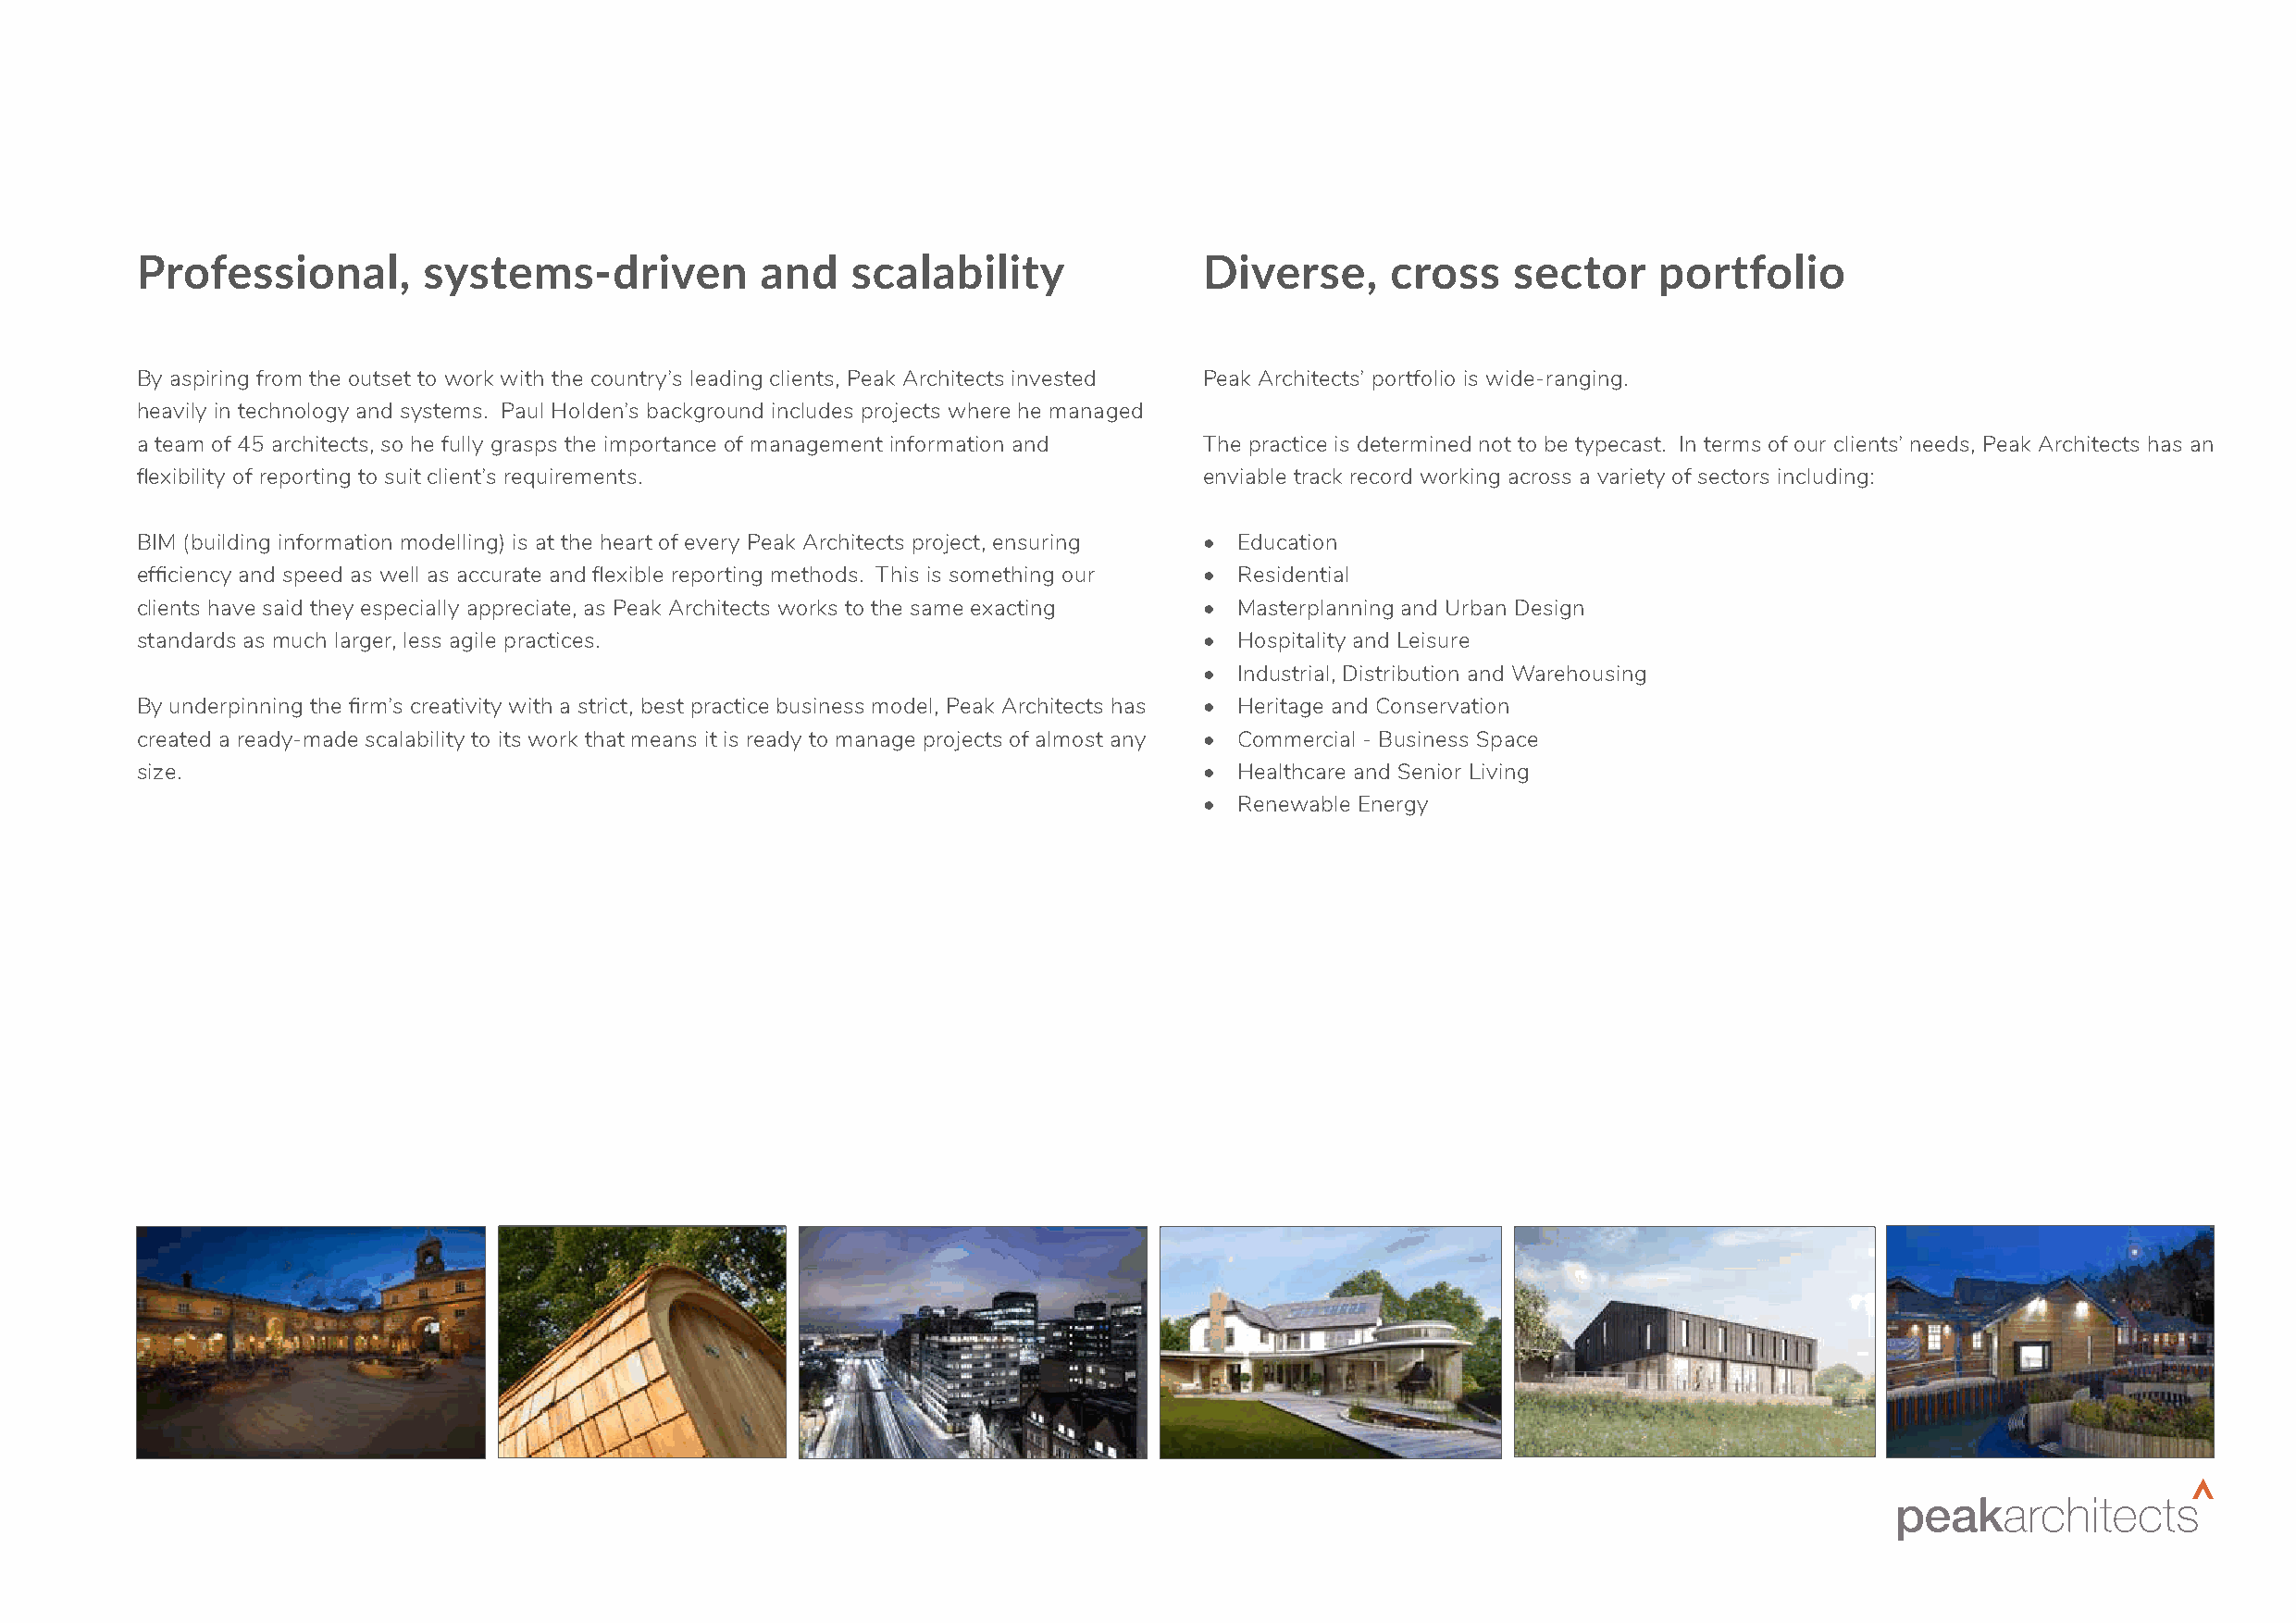
Professional,       systems-driven          and    scalability              Diverse,     cross    sector     portfolio
 By aspiring from the outset to work with the country’s leading clients, Peak Architects invested Peak Architects’ portfolio is wide-ranging.
 heavily in technology and systems. Paul Holden’s background includes projects where he managed
 a team of 45 architects, so he fully grasps the importance of management information and The practice is determined not to be typecast. In terms of our clients’ needs, Peak Architects has an
 flexibility of reporting to suit client’s requirements.                     enviable track record working across a variety of sectors including:
 BIM (building information modelling) is at the heart of every Peak Architects project, ensuring • Education
 efficiency and speed as well as accurate and flexible reporting methods. This is something our • Residential
 clients have said they especially appreciate, as Peak Architects works to the same exacting • Masterplanning and Urban Design
 standards as much larger, less agile practices.                             • Hospitality and Leisure
 • Industrial, Distribution and Warehousing
 By underpinning the firm’s creativity with a strict, best practice business model, Peak Architects has • Heritage and Conservation
 created a ready-made scalability to its work that means it is ready to manage projects of almost any • Commercial - Business Space
 size.                                                                       • Healthcare and Senior Living
 • Renewable Energy